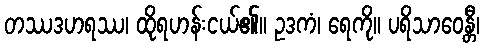
တဿဒဟရဿ၊ ထိုရဟန်းငယ်၏။ ဥဒကံ၊ ရေကို။ ပရိသာဝေန္တီ၊